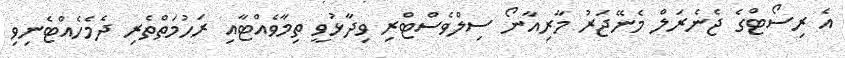
އެ ރިސޯޓްގެ ޖެނެރަލް މެނޭޖަރު މާރިއާނޯ ސިލްވެސްޓްރި ވިދާޅުވީ ތިމާވެއްޓާއި ރަހުމަތްތެރި ދެމެހެއްޓެނިވި